Scottish Certificate of Education, 1962
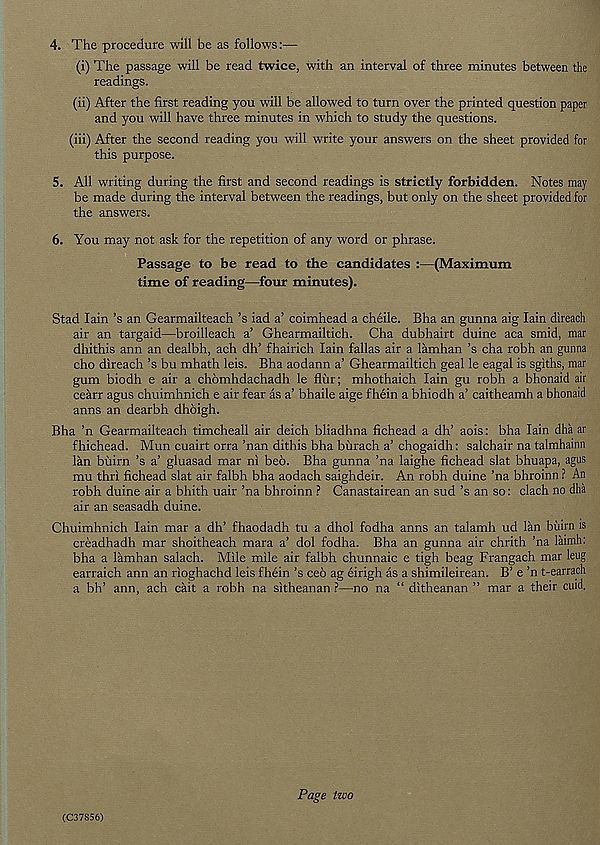
4. The procedure will be as follows:—
(i) The passage will be read twice, with an interval of three minutes between the
readings.
(ii) After the first reading you will be allowed to turn over the printed question paper
and you will have three minutes in which to study the questions.
(iii) After the second reading you will write your answers on the sheet provided for
this purpose.
5. All writing during the first and second readings is strictly forbidden. Notes may
be made during the interval between the readings, but only on the sheet provided for
the answers.
6. You may not ask for the repetition of any word or phrase.
Passage to be read to the candidates :—(Maximum
time of reading—four minutes).
Stad Iain’s an Gearmailteach’s iad a’ coimhead a cheile. Bha an gunna aig Iain direach
air an targaid—broilleach a’ Ghearmailtich. Cha dubhairt duine aca smid, mar
dhithis ann an dealbh, ach dh’ fhairich Iain fallas air a lamhan’s cha robh an gunna
cho direach’s bu mhath leis. Bha aodann a’ Ghearmailtich geal le eagal is sgiths, mar
gum biodh e air a chomhdachadh le fliir; mhothaich Iain gu robh a bhonaid air
cearr agus chuimhnich e air fear as a’ bhaile aige fhein a bhiodh a’ caitheamh a bhonaid
anns an dearbh dhoigh.
Bha ’n Gearmailteach timcheall air deich bliadhna fichead a dh’ aois: bha Iain dha ar
fhichead. Mun cuairt orra ’nan dithis bha biirach a’ chogaidh: salchair na talmhainn
lan biiirn’s a’ gluasad mar ni beo. Bha gunna ’na laighe fichead slat bhuapa, agus
mu thri fichead slat air falbh bha aodach saighdeir. An robh duine ’na bhroinn ? An
robh duine air a bhith uair ’na bhroinn ? Canastairean an sud’s an so: clach no dha
air an seasadh duine.
Chuimhnich Iain mar a dh’ fhaodadh tu a dhol fodha anns an talamh ud lan biurn is
creadhadh mar shoitheach mara a’ dol fodha. Bha an gunna air chrith ’na laimh:
bha a lamhan salach. Mile mile air falbh chunnaic e tigh beag Frangach mar leug
earraich ann an rioghachd leis fhein’s ceo ag eirigh as a shimileirean. B’ e ’n t-earrach
a bh’ ann, ach cait a robh na sitheanan ?—no na “ ditheanan ” mar a their cuid.
(C37S56)
Page two